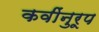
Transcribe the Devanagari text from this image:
कवींनुरूप